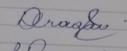
Signature authenticity: genuine